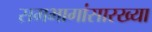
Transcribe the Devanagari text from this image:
समभागांसारख्या